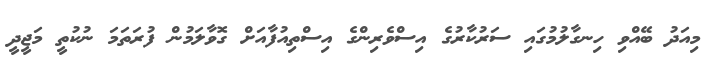
މިއަދު ބޭއްވި ހިނގާލުމުގައި ސަރުކާރުގެ އިސްވެރިންގެ އިސްތިއުފާއަށް ގޮވާލަމުން ފުރަތަމަ ނުކުތީ މަޖީދީ